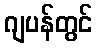
ဂျပန်တွင်